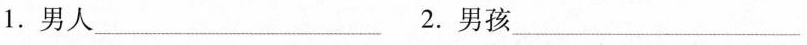
1. 男人___ 2. 男孩___